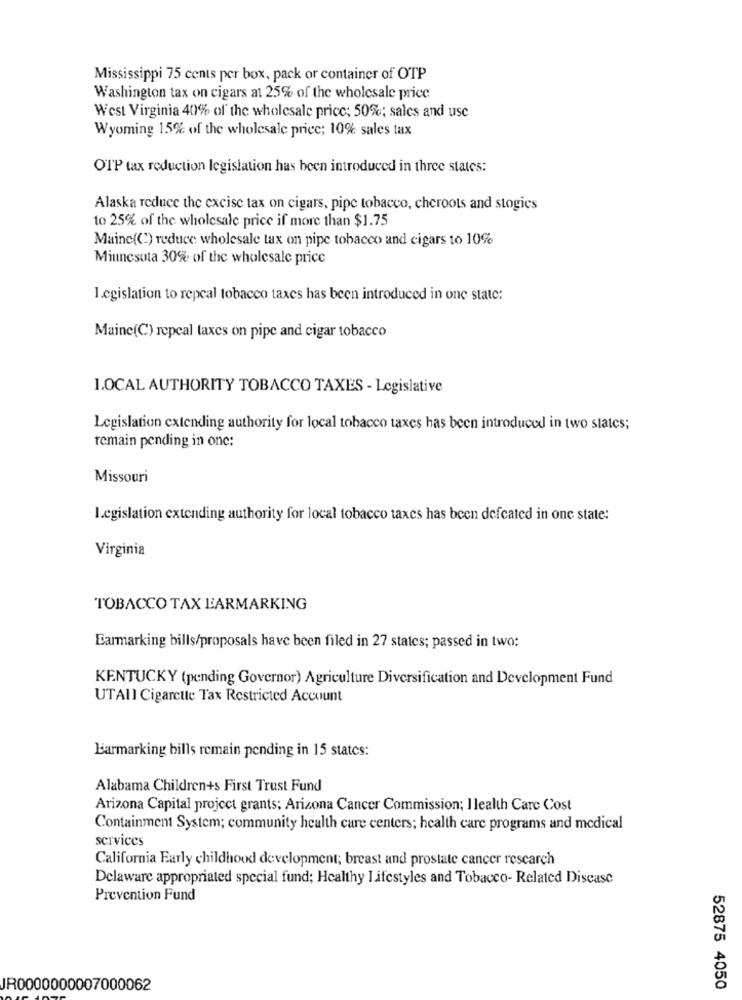
Mississippi 75 cents per box, pack or container of OTP
Washington tax on cigars at 25% of the wholesale price
West Virginia 40% of the wholesale price; 50%; sales and use
Wyoming 15% of the wholesale price; 10% sales tax
OTP tax reduction legislation has been introduced in three states:
Alaska reduce the excise tax on cigars, pipe tobacco, cheroots and stogies
to 25% of the wholesale price if more than $1.75
Mainc(C) reduce wholesale tax on pipe tobacco and cigars to 10%
Minnesota 30% of the wholesale price
Legislation to repeal tobacco taxes has been introduced in one state:
Maine(C) repeal taxes on pipe and cigar tobacco
1.0CAL AUTHORITY TOBACCO TAXES - Legislative
Legislation extending authority for local tobacco taxes has been introduced in two states;
remain pending in one:
Missouri
Legislation extending authority for local tobacco taxes has been defeated in one state:
Virginia
TOBACCO TAX EARMARKING
Earmarking bills/proposals have been filed in 27 states; passed in two:
KENTUCKY (pending Governor) Agriculture Diversification and Development Fund
UTAII Cigarette Tax Restricted Account
Barmarking bills remain pending in 15 states:
Alabama Children+s First Trust Fund
Arizona Capital project grants; Arizona Cancer Commission; Ilealth Care Cost
Containment System; community health care centers; health care programs and medical
services
California Early childhood development; breast and prostate cancer research
Delaware appropriated special fund; Healthy Lifestyles and Tobacco- Related Disease
Prevention Fund
JR0000000007000062
52875 4050